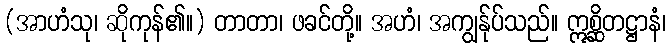
(အာဟံသု၊ ဆိုကုန်၏။) တာတာ၊ ဖခင်တို့။ အဟံ၊ အကျွန်ုပ်သည်။ ဣစ္ဆိတဋ္ဌာနံ၊